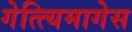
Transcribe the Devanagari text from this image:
गेत्त्यिमागेस